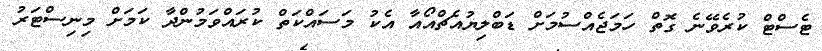
ޓެސްޓް ކުރެވޭނެ ގޮތް ހަމަޖެއްސުމަށް ޑަބްލިޔުއެޗްއޯއާ އެކު މަސައްކަތް ކުރައްވަމުންދާ ކަމަށް މިނިސްޓަރު